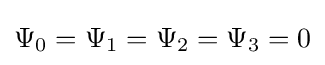
\Psi _{0}=\Psi _{1}=\Psi _{2}=\Psi _{3}=0